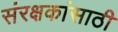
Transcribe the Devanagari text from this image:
संरक्षकांसाठी